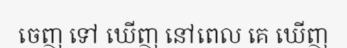
ចេញ ទៅ ឃើញ នៅពេល គេ ឃើញ